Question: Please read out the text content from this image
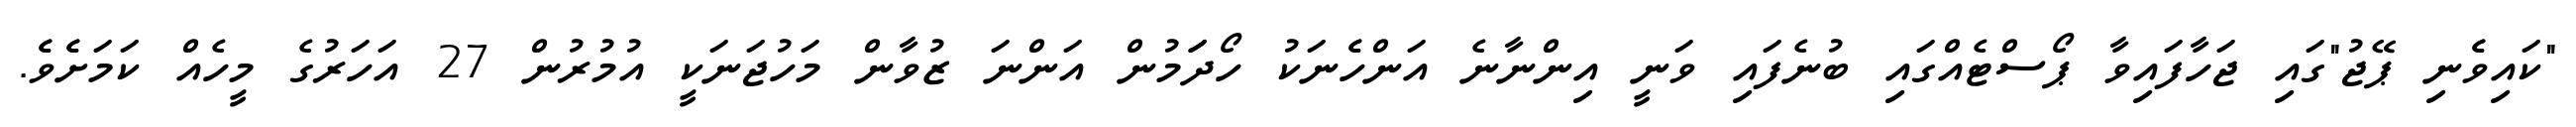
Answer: "ކައިވެެނި ޕޭޖު"ގައި ޖަހާފައިވާ ޕޯސްޓެއްގައި ބުނެފައި ވަނީ އިންނާނެ އަންހެެނަކު ހޯދަަމުން އަންނަ ޒުވާން މަހުޖަނަކީ އުމުރުން 27 އަހަރުގެ މީހެއް ކަމަށެެވެެ.